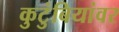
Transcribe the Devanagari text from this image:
कुटुंबियांवर